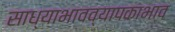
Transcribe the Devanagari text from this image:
साध्याभावव्यापकाभाव